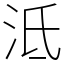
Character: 泜